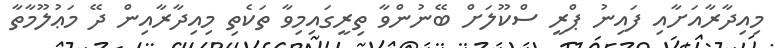
މިއިދާރާއަށާއި ފައިނު ޕްރީ ސްކޫލަށް ބޭނުންވާ ތިރީގައިމިވާ ތަކެތި މިއިދާރާއިން ދޭ މަޢުލޫމާތާ